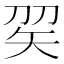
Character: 𥎫